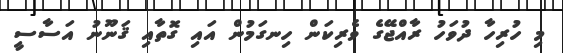
މި ހުރިހާ ދުވަހު ރާއްޖޭގެ ވެރިކަން ހިނގަމުން އައި ގޮތާއި ޤަނޫނު އަސާސީ